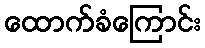
ထောက်ခံကြောင်း